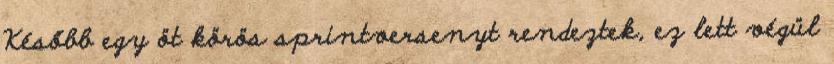
Később egy öt körös sprintversenyt rendeztek, ez lett végül